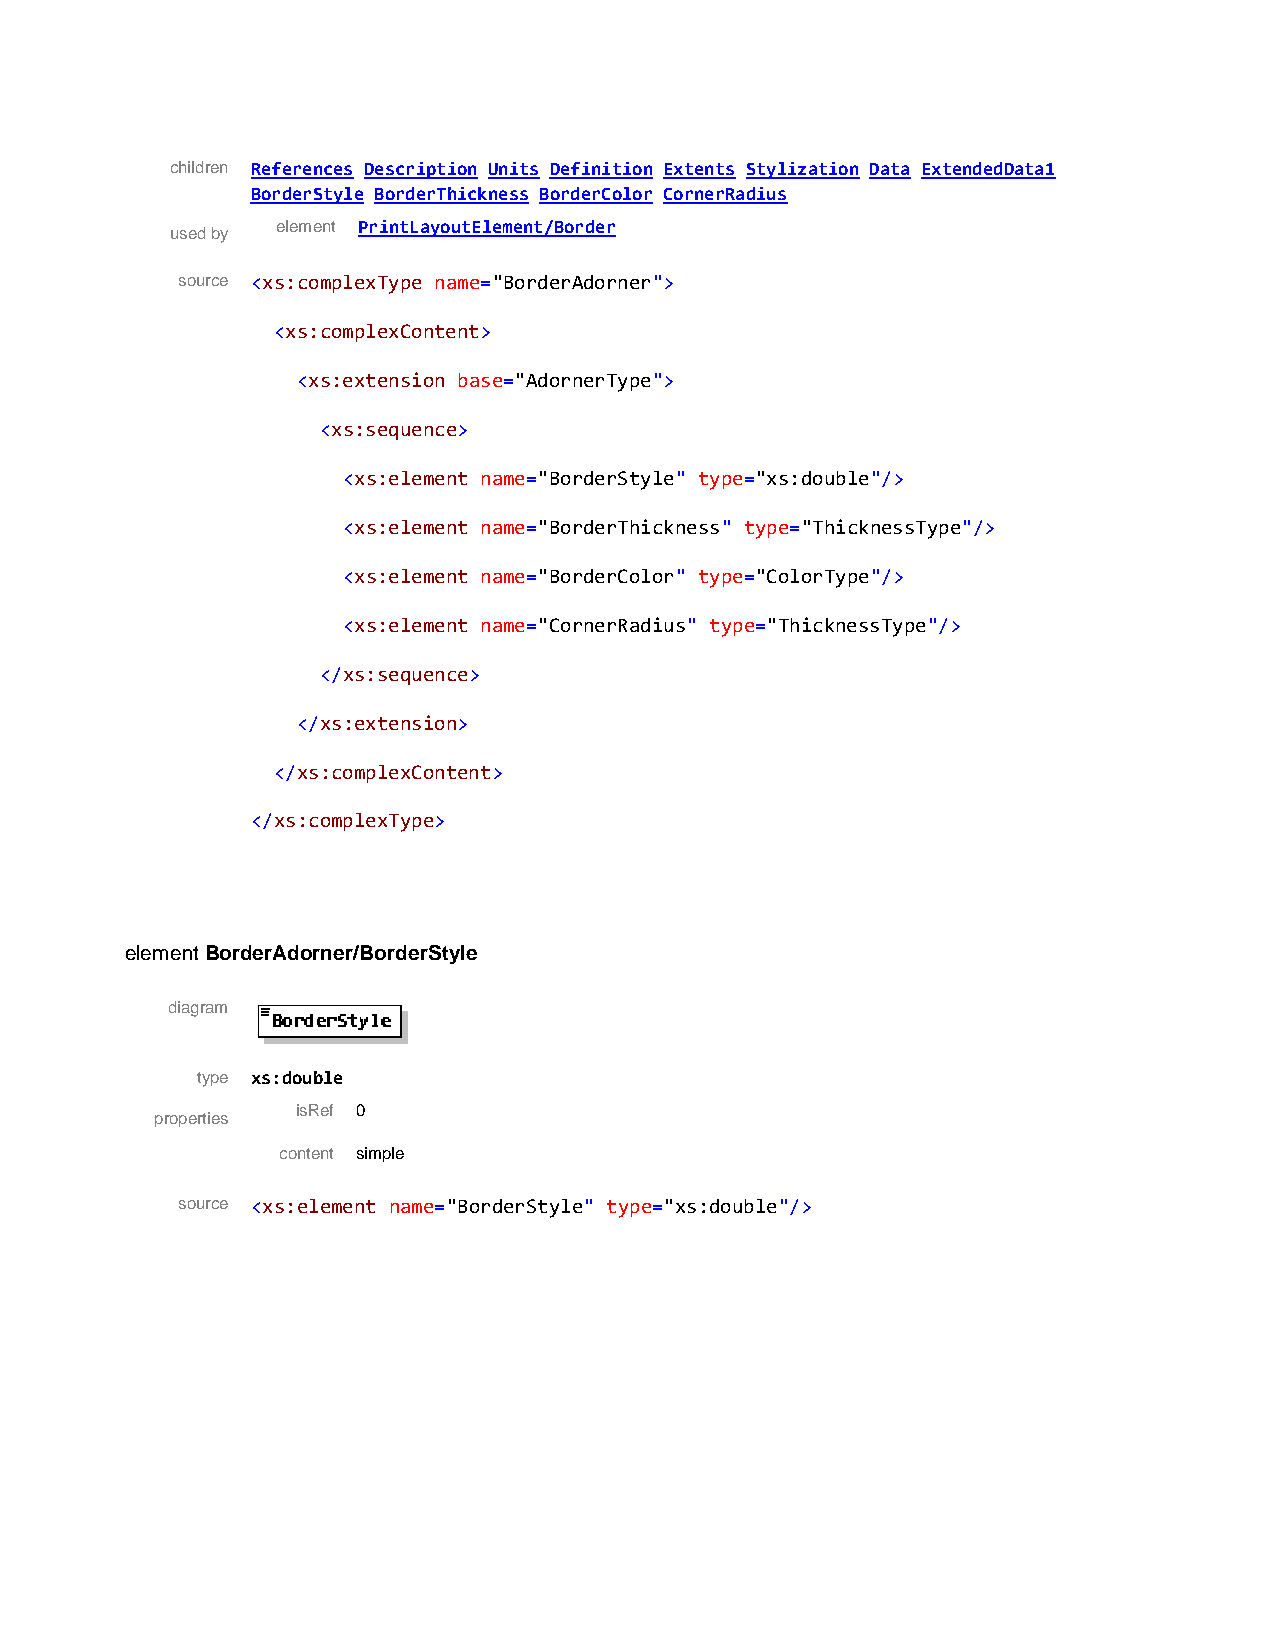
children References Description Units Definition Extents Stylization Data ExtendedData1
 BorderStyle BorderThickness BorderColor CornerRadius
 element PrintLayoutElement/Border
 used by
 source <xs:complexType name="BorderAdorner">
 <xs:complexContent>
 <xs:extension base="AdornerType">
 <xs:sequence>
 <xs:element name="BorderStyle" type="xs:double"/>
 <xs:element name="BorderThickness" type="ThicknessType"/>
 <xs:element name="BorderColor" type="ColorType"/>
 <xs:element name="CornerRadius" type="ThicknessType"/>
 </xs:sequence>
 </xs:extension>
 </xs:complexContent>
 </xs:complexType>
 element BorderAdorner/BorderStyle
 diagram
 type xs:double
 isRef 0
 properties
 content simple
 source <xs:element name="BorderStyle" type="xs:double"/>